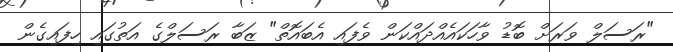
"ރަސަލް ވަރަށް ބޮޑު ވާހަކައެއްދައްކަން ވެފައި އެބައޮތް" ޒަބާ ރަސަލްގެ އަތުގައި ހިފައިގެން